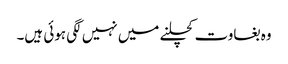
وہ بغاوت کچلنے میں نہیں لگی ہوئی ہیں۔